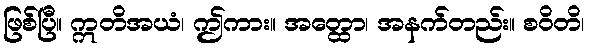
ဖြစ်ပြီ။ ဣတိအယံ၊ ဤကား။ အတ္ထော၊ အနက်တည်း။ စဝိတိ၊